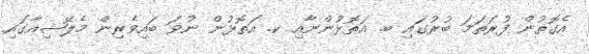
އެގޮތުން ފުރަތަމަ ބުރުގައި ބ. އަތޮޅުންނާއި ކ. އަތޮޅުން ނުވަ ބައިވެރިން މެލޭޝިއާގައި